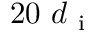
2 0 \ d _ { \mathrm { ~ i ~ } }